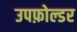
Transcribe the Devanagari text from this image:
उपफ़ोल्डर